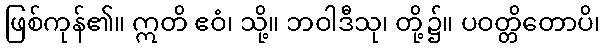
ဖြစ်ကုန်၏။ ဣတိ ဧဝံ၊ သို့။ ဘဝါဒီသု၊ တို့၌။ ပဝတ္တိတောပိ၊